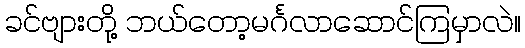
ခင်ဗျားတို့ ဘယ်တော့မင်္ဂလာဆောင်ကြမှာလဲ။